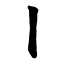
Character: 丨